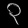
Digit: ၃